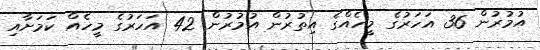
އުމުރުން 36 އަހަރުގެ މީހެއްގެ އިތުރުން އުމުރުން 42 އަހަރުގެ މީހެއް ކަމަށާއި